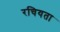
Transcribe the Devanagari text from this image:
रचियता